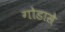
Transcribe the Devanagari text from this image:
गोडासे